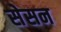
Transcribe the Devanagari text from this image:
सेसन